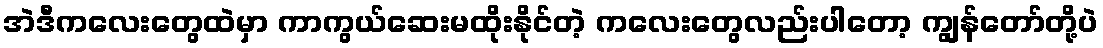
အဲဒီကလေးတွေထဲမှာ ကာကွယ်ဆေးမထိုးနိုင်တဲ့ ကလေးတွေလည်းပါတော့ ကျွန်တော်တို့ပဲ